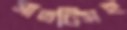
সাতটিসহ